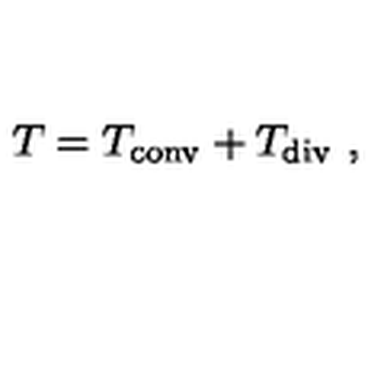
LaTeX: T = T _ { \mathrm { c o n v } } + T _ { \mathrm { d i v } } \ ,